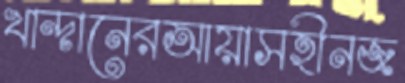
খান্দানেরআয়াসহীনজ